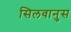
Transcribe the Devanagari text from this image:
सिलवानुस